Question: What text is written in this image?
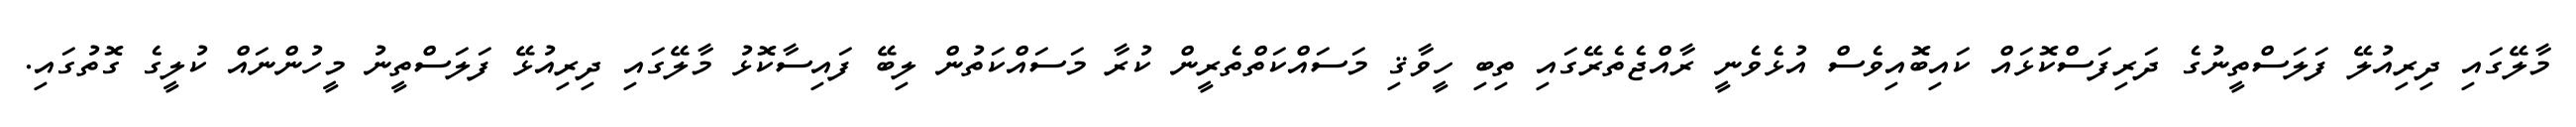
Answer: މާލޭގައި ދިރިއުލޭ ފަލަސްތީނުގެ ދަރިފަސްކޮޅައް ކައިބޮއިވެސް އުޅެވެނީ ރާއްޖެތެރޭގައި ތިބި ހީވާޤި މަސައްކަތްތެރީން ކުރާ މަސައްކަތުން ލިބޭ ފައިސާކޮޅު މާލޭގައި ދިރިއުޅޭ ފަލަސްތީނު މީހުންނައް ކުލީގެ ގޮތުގައި.